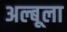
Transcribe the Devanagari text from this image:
अल्बूला